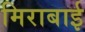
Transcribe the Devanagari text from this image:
मिराबाई